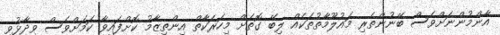
އާންމުންނަށްވެސް ބޭނުންތެރި މައުލޫމާތުތަކެއް ލިބޭ ގޮތަށް މިހަރަކާތް އިންތިޒާމު ކޮށްފައިވާ ކަމަށްވެސް ވިދާޅުވި